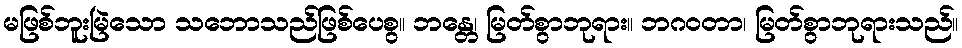
မဖြစ်ဘူးမြဲသော သဘောသည်ဖြစ်ပေစွ။ ဘန္တေ၊ မြတ်စွာဘုရား။ ဘဂဝတာ၊ မြတ်စွာဘုရားသည်။